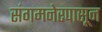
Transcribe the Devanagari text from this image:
संगमनेरपासून